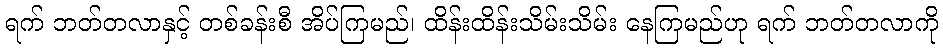
ရက် ဘတ်တလာနှင့် တစ်ခန်းစီ အိပ်ကြမည်၊ ထိန်းထိန်းသိမ်းသိမ်း နေကြမည်ဟု ရက် ဘတ်တလာကို